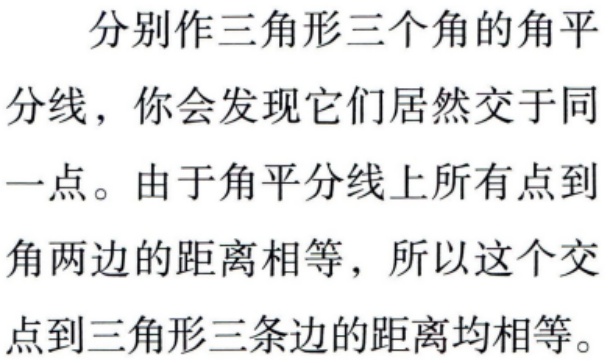
分别作三角形三个角的角平分线，你会发现它们居然交于同一点。由于角平分线上所有点到角两边的距离相等，所以这个交点到三角形三条边的距离均相等。